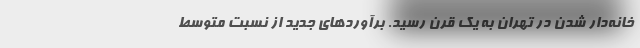
خانه‌دار شدن در تهران به یک قرن رسید. برآوردهای جدید از نسبت متوسط